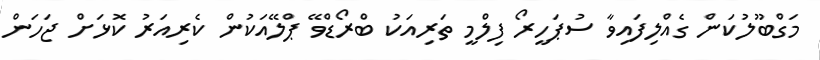
މަގްބޫލުކަން ގެއްލިފައިވާ ސުޕަހީރޯ ފިލްމީ ތަރިއަކު ބްރޯޑްވޭ ޕްލޭއަކުން ކެރިއަރު ކޮޅަށް ޖަހަން